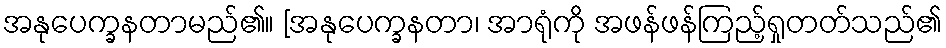
အနုပေက္ခနတာမည်၏။ [အနုပေက္ခနတာ၊ အာရုံကို အဖန်ဖန်ကြည့်ရှုတတ်သည်၏